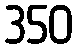
350